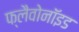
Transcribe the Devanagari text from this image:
फ्लैवोनॉइड